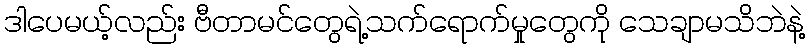
ဒါပေမယ့်လည်း ဗီတာမင်တွေရဲ့သက်ရောက်မှုတွေကို သေချာမသိဘဲနဲ့